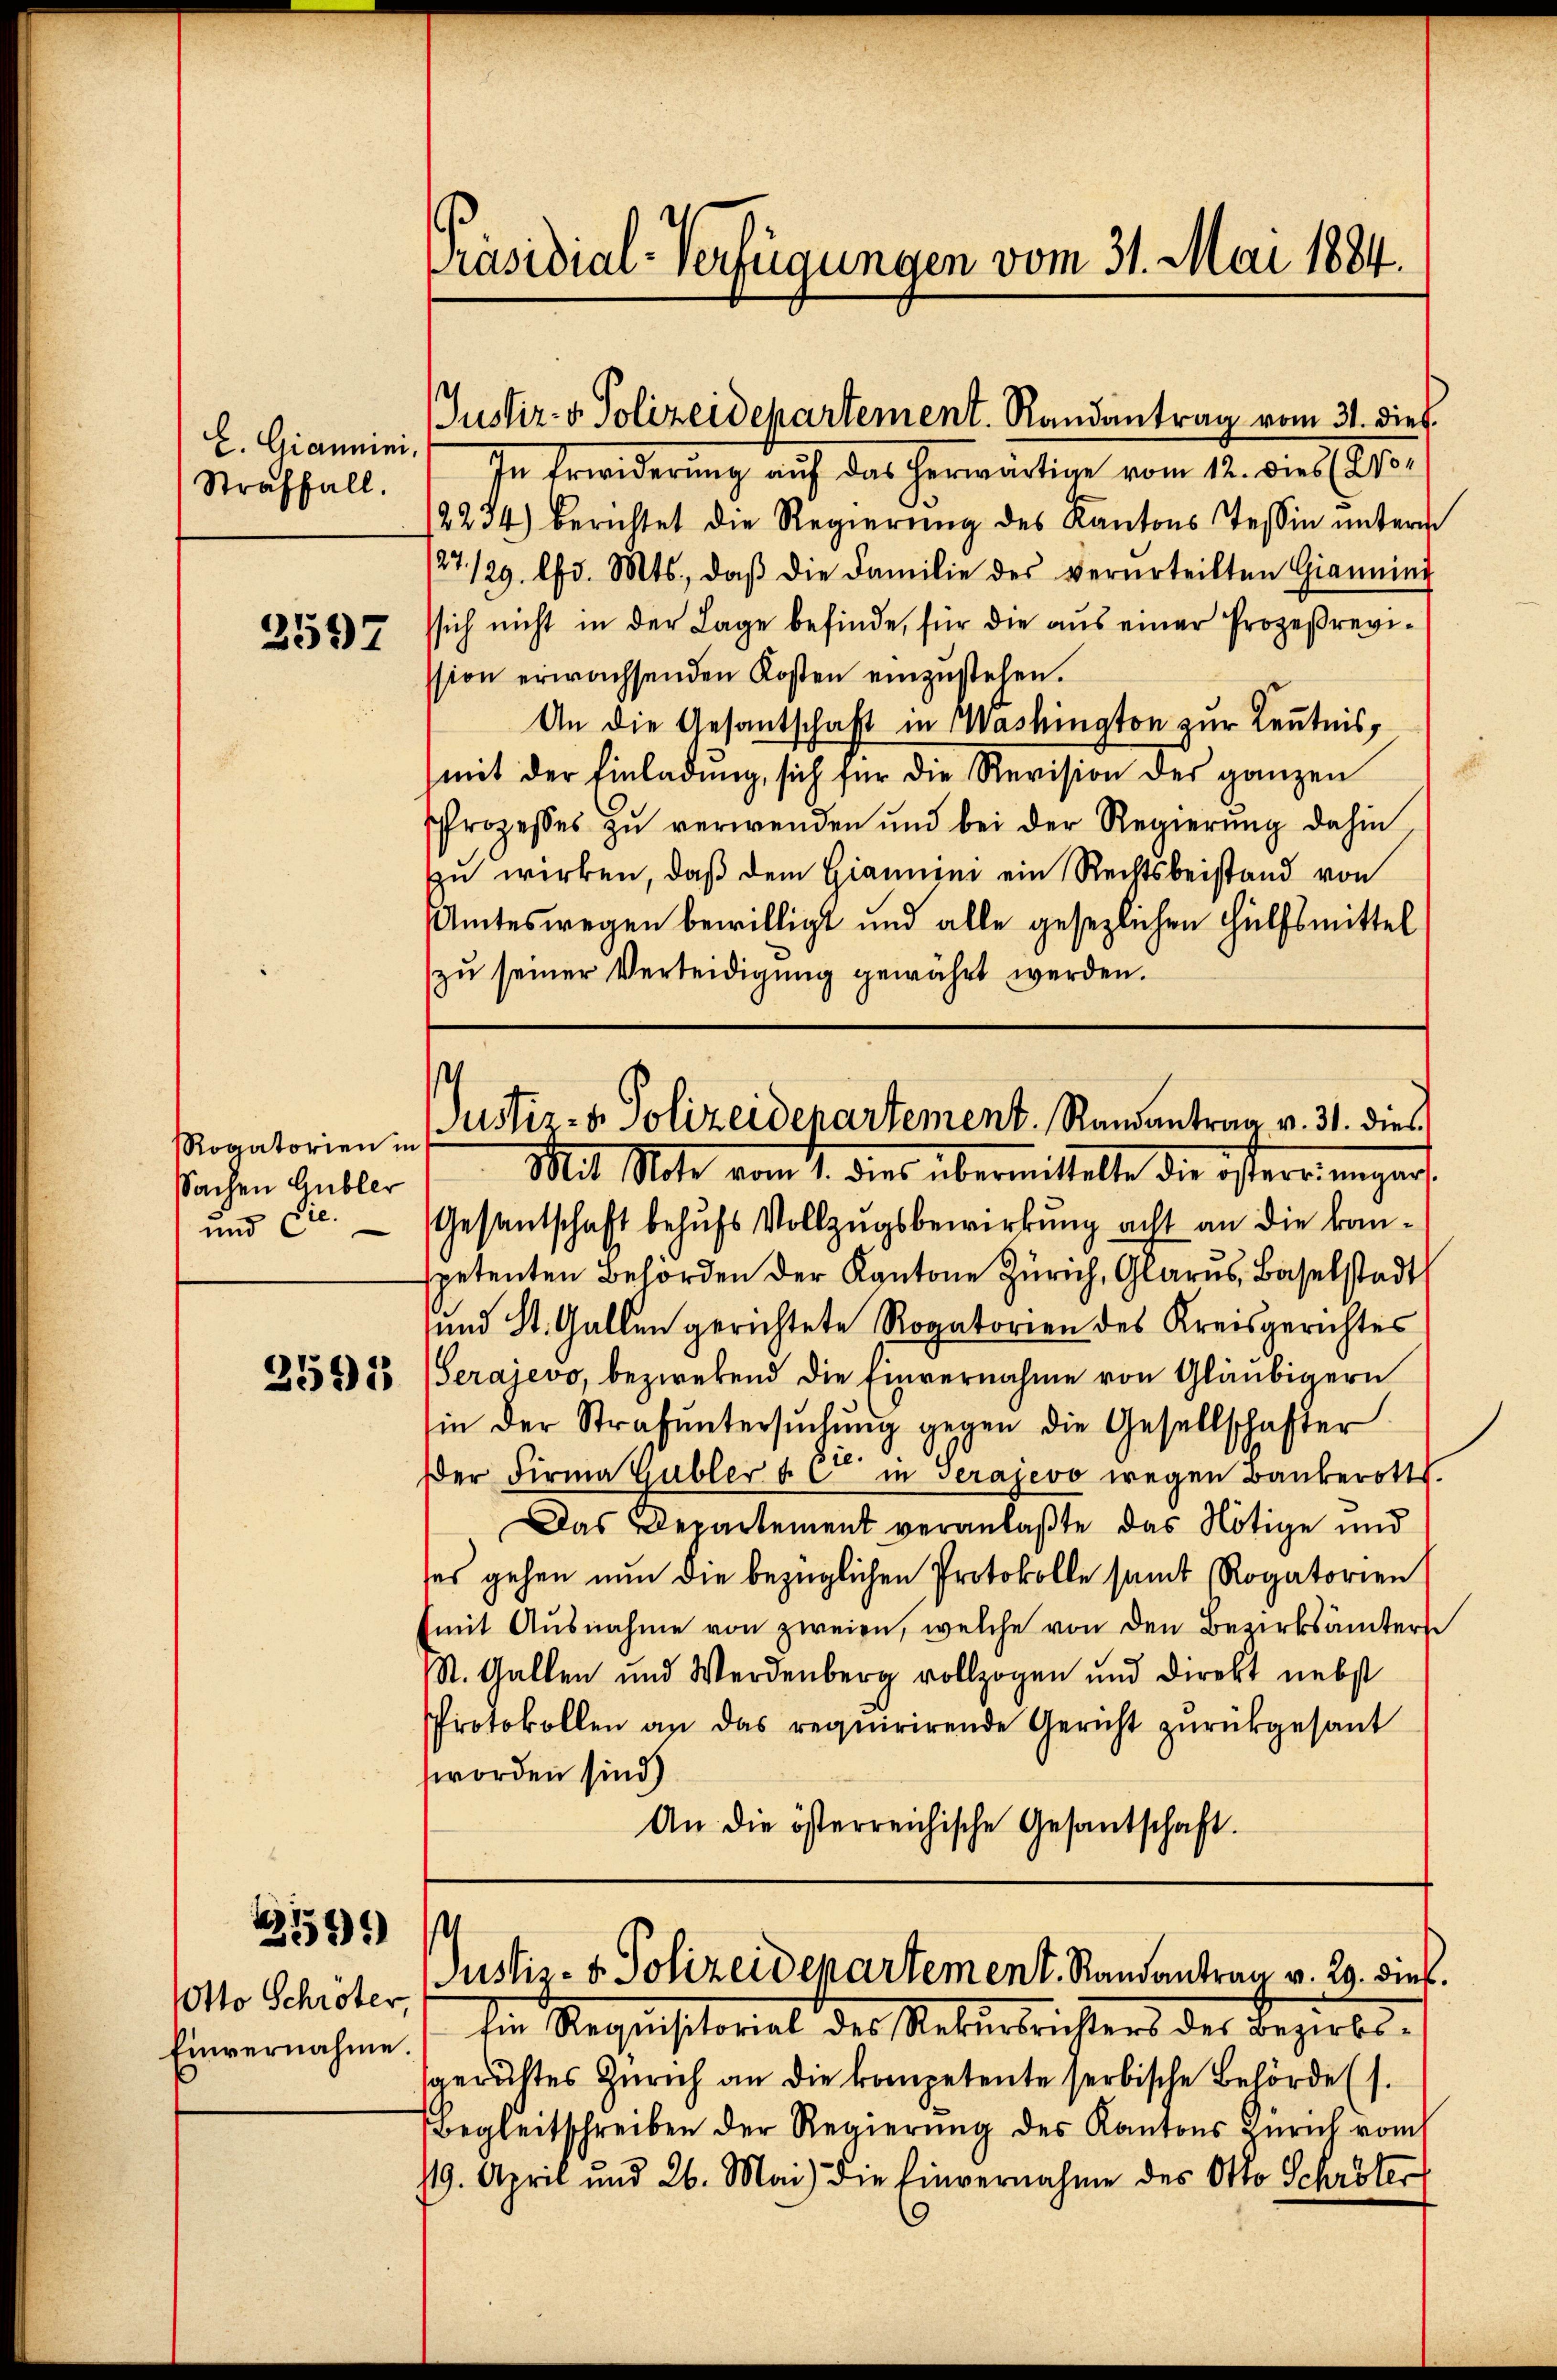
L. Giannini.
Straffall.

2597

Rogatorien in
Sachen Gubler
und die

2593

5)*)

Otto Schröter,

Präsidial-Verfügungen vom 31. Mai 1884.

Justiz- & Polizeidepartement. Randantrag vom 31. dies

In Erwiderung auf das herwärtige vom 12. dies (Co¬
2234) berichtet die Regierŭng des Kantons Tessin ŭnterm
/27./29. lfd. Mts., daβ die Familie des verurteilten Giannin
ssich nicht in der Lage befinde, für die aus einer Prozeßrevission erwachsenden Kosten einzustehen.
An die Gesantschaft in Washington zur Kenntnis¬
(mit der Einladung, sich für die Revision des ganzen
Prozesses zŭ verwenden und bei der Regierŭng dahin
zŭ wirken, daß dem Giannini ein Rechtsbeistand von
Amteswegen bewilligt und alle gesezlichen Hülfsmittel
zŭ seiner Verteidigŭng gewährt werden.

Mit Mate vom 2. dies übermittelte die österringen,
Gesantschaft behufs Vollzugsbewirkung acht an die kanspetenten Behörden der Kantone Zürich, Glarus, Baselstadt
und St. Gallen gerichtete Rogatorien des Kreisgerichtes
Serajevo, bezwekend die Einvernahme von Gläubigern
in der Strafŭntersŭchŭng gegen die Gesellschafter
Der Firma Gubler & Cie in Serajevo wegen Bankerott
Das Departement veranlaßte das Nötige und
ses gehen nun die bezüglichen Protokolle samt Rogatorien
kmit Ausnahme von zweien, welche von den Bezirksämtern
M. Gallen und Werdenberg vollzogen und Direkt nebst
Protokollen an das requirirende Gericht zŭrückgesant
worden sind)
An die österreichische Gesantschaft.

¬
JJustiz- & Polizeidepartement. Randantrag v. 31. dies

.
Justiz- & Polizeidepartement. Randantrag v. 29. viel.

Einvernahme die Requisitorial des Rekursrichters des Bezirks-
sgerichtes Zürich an die kompetente serbische Behörde (s.
Begleitschreiben der Regierung des Kantons Zürich vom
719. April und 26. Mai die Einvernahme des Otto Schröter